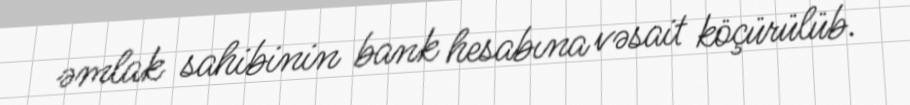
əmlak sahibinin bank hesabına vəsait köçürülüb.